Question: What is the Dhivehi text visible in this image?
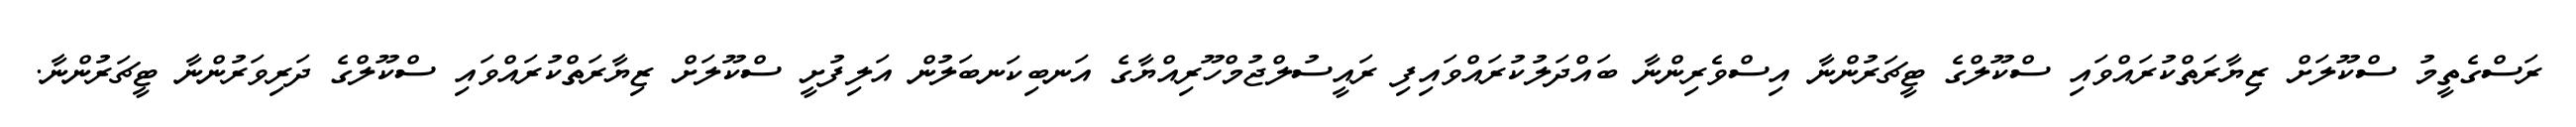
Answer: ރަސްގެތީމު ސްކޫލަށް ޒިޔާރަތްކުރައްވައި ސްކޫލްގެ ޓީޗަރުންނާ އިސްވެރިންނާ ބައްދަލުކުރައްވައިފި ރައީސުލްޖުމްހޫރިއްޔާގެ އަނބިކަނބަލުން އަލިފުށީ ސްކޫލަށް ޒިޔާރަތްކުރައްވައި ސްކޫލްގެ ދަރިވަރުންނާ ޓީޗަރުންނާ.